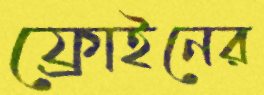
ফ্রোইনের